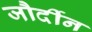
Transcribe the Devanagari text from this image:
जौर्दीन